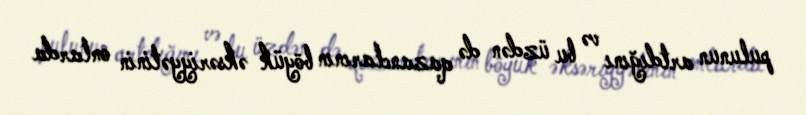
pulunun artdığını və bu üzdən də qazanclarının böyük əksəriyyətinin onlarda